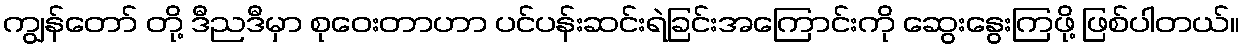
ကျွန်တော် တို့ ဒီညဒီမှာ စုဝေးတာဟာ ပင်ပန်းဆင်းရဲခြင်းအကြောင်းကို ဆွေးနွေးကြဖို့ ဖြစ်ပါတယ်။